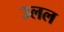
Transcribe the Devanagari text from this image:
उलल